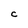
Character: C